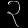
Digit: ၃